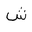
Letter: _shin